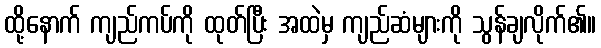
ထို့နောက် ကျည်ကပ်ကို ထုတ်ပြီး အထဲမှ ကျည်ဆံများကို သွန်ချလိုက်၏။